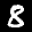
Label: 8